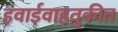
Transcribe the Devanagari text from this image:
हवाईवाहतुकीत